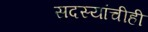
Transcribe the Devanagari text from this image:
सदस्यांचीही